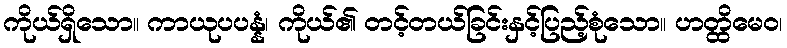
ကိုယ်ရှိသော။ ကာယုပပန္နံ၊ ကိုယ်၏ တင့်တယ်ခြင်းနှင့်ပြည့်စုံသော။ ဟတ္ထိမေဝ၊